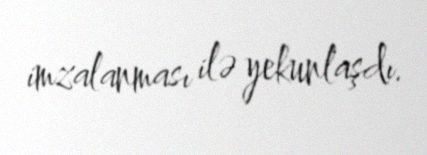
imzalanması ilə yekunlaşdı.